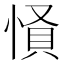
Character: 𢝢